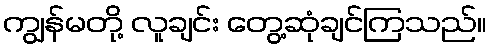
ကျွန်မတို့ လူချင်း တွေ့ဆုံချင်ကြသည်။